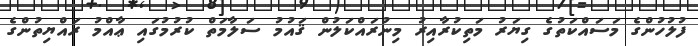
ފުލުހުންގެ މަސައްކަތުގެ ގިޔަރު މަތިކުރާއިރު މިނުރައްކަލުން ޤައުމު ސަލާމަތް ކުރުމުގައި ޢާއްމު ރައްޔިތުންގެ